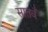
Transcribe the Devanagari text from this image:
सातवँ